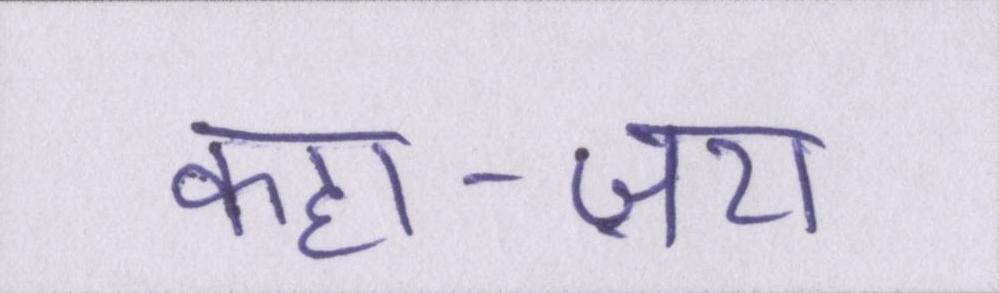
कहा-ज़रा